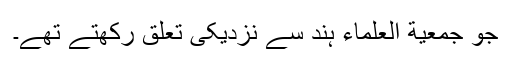
جو جمعیة العلماء ہند سے نزدیکی تعلق رکھتے تھے۔